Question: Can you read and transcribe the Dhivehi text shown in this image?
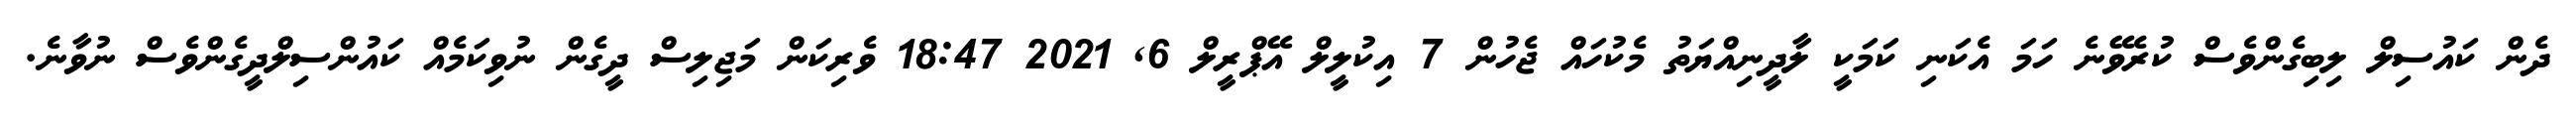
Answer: ދެން ކައުސިލް ލިބިގެންވެސް ކުރެވޭނެ ހަމަ އެކަނި ކަމަކީ ލާދީނިއްޔަތު މެކުހައް ޖެހުން 7 އިކުލީލް އޭޕްރީލް 6, 2021 18:47 ވެރިކަން މަޖިލިސް ދީގެން ނުވިކަމެއް ކައުންސިލްދީގެންވެސް ނުވާނެ.